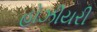
હોઝીયરી